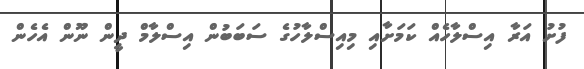
ފުށު އަރާ އިސްލާހެއް ކަމަށާއި މިއިސްލާހުގެ ސަބަބުން އިސްލާމް ދީން ނޫން އެހެން